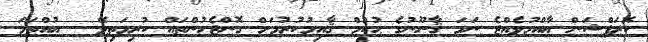
ކޮރަޕްޝަން ޢާއްމުވެއްޖެ ނަމަ ޤާނޫނުގެ ޙުކުމް ޤާއިމުކުރުމަށް ގޮންޖެހުންތައް ކުރިމަތިވޭ - އުއްތަމަ